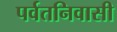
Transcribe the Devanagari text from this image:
पर्वतनिवासी